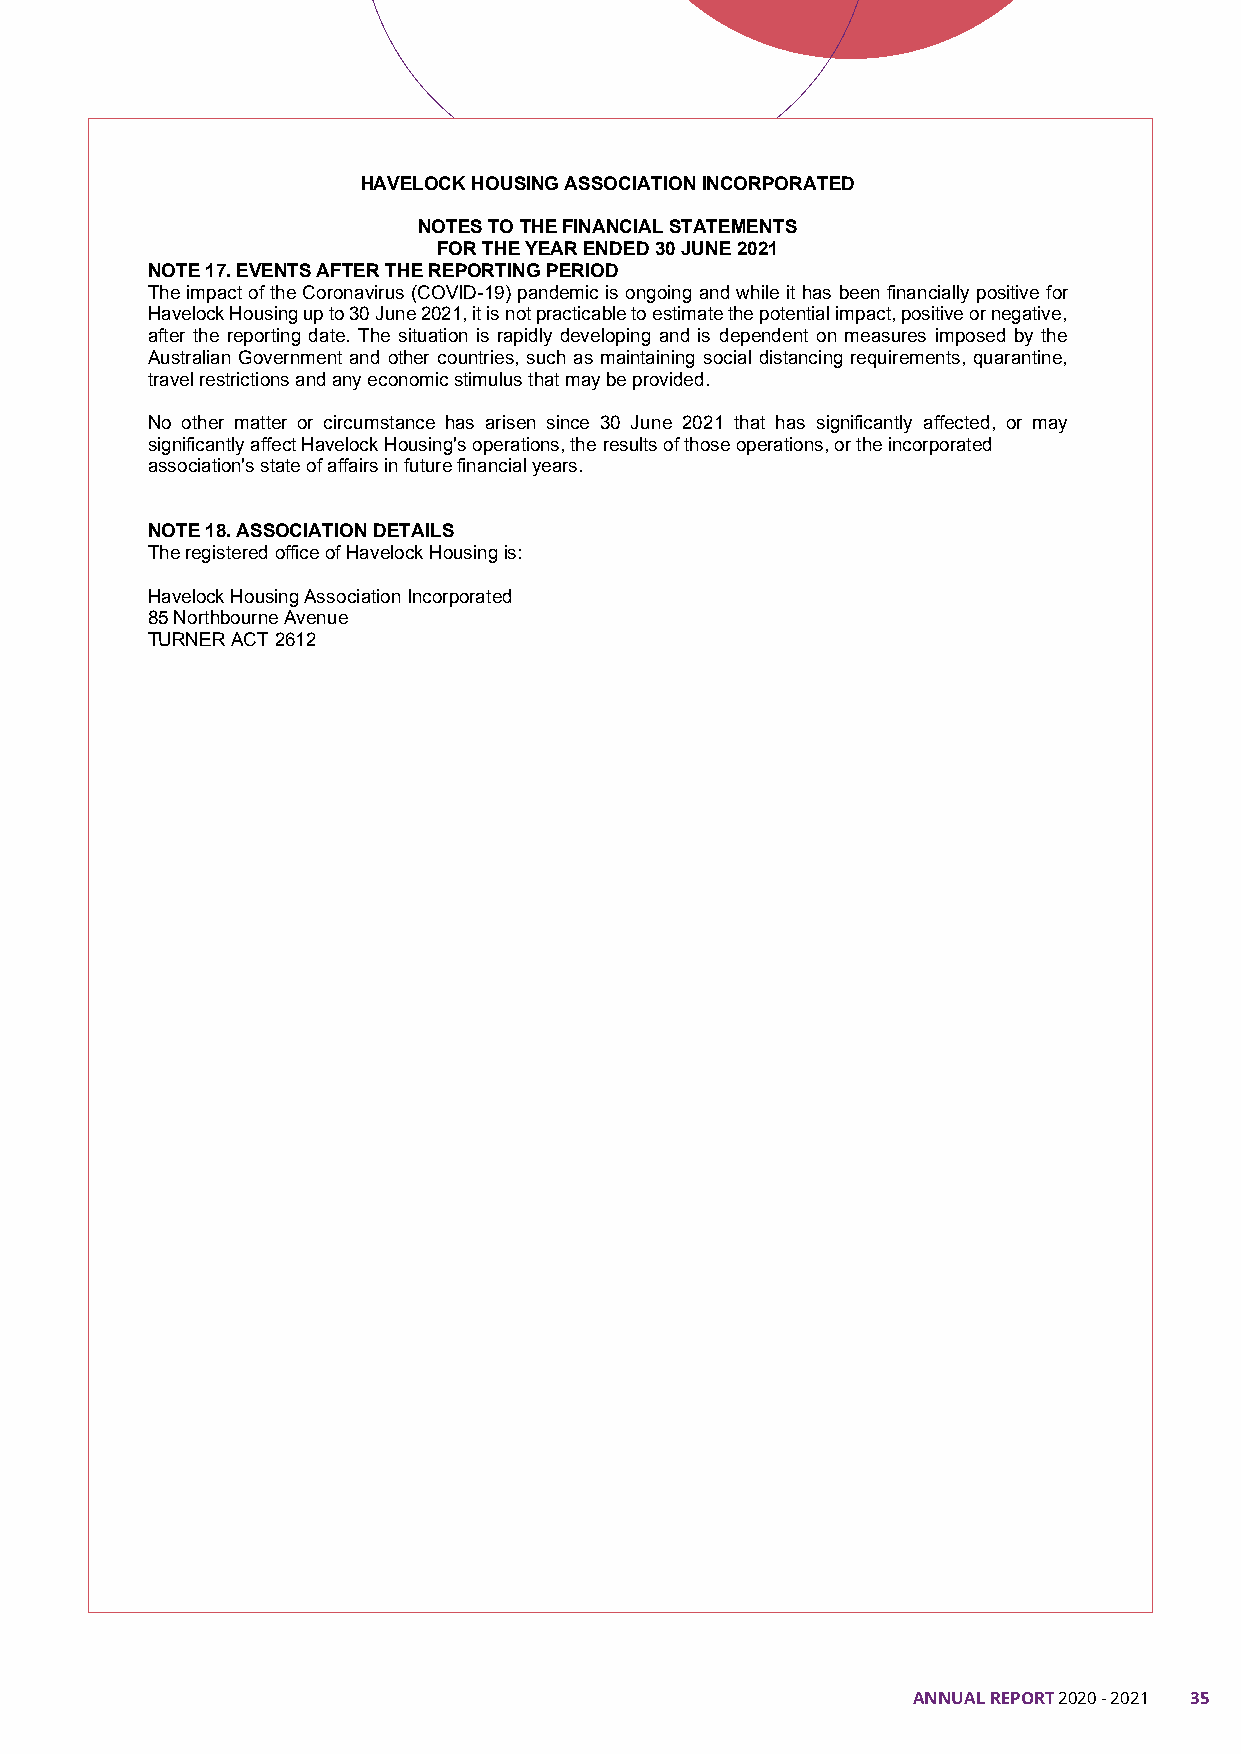
HAVELOCK HOUSING ASSOCIATIONINCORPORATED
 NOTES TO THE FINANCIAL STATEMENTS
 FOR THE YEAR ENDED30 JUNE 2021
 NOTE 17. EVENTS AFTER THE REPORTING PERIOD
 The impact of the Coronavirus (COVID-19) pandemic is ongoing and while it has been financially positive for
 Havelock Housing up to 30 June 2021, it is not practicable to estimate the potential impact, positive or negative,
 after the reporting date. The situation is rapidly developing and is dependent on measures imposed by the
 Australian Government and other countries, such as maintaining social distancing requirements, quarantine,
 travel restrictions and any economic stimulus that may be provided.
 No other matter or circumstance has arisen since 30 June 2021 that has significantly affected, or may
 significantly affect Havelock Housing's operations, the results of those operations, or the incorporated
 association's state of affairs in future financial years.
 NOTE 18. ASSOCIATION DETAILS
 The registered office of Havelock Housingis:
 Havelock Housing Association Incorporated
 85 Northbourne Avenue
 TURNER ACT 2612
 19
 ANNUAL REPORT 2020 - 2021 35